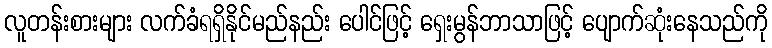
လူတန်းစားများ လက်ခံရရှိနိုင်မည်နည်း ပေါင်ဖြင့် ရှေးမွန်ဘာသာဖြင့် ပျောက်ဆုံးနေသည်ကို